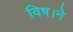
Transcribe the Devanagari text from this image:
विष।ने